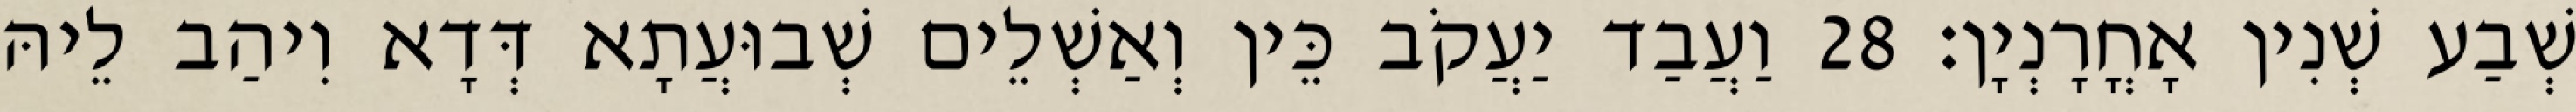
שְׁבַע שְׁנִין אָחֳרָנְיָן׃ 28 וַעֲבַד יַעֲקֹב כֵּין וְאַשְׁלֵים שְׁבוּעֲתָא דְּדָא וִיהַב לֵיהּ